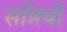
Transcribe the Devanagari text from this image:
सन्निधौ